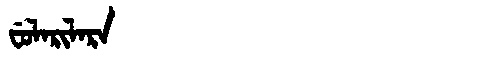
Manchu: ᠸᡠᠯᠠᡵᡳᠯᠠᡵᠠ
Romanization: FULARILARA